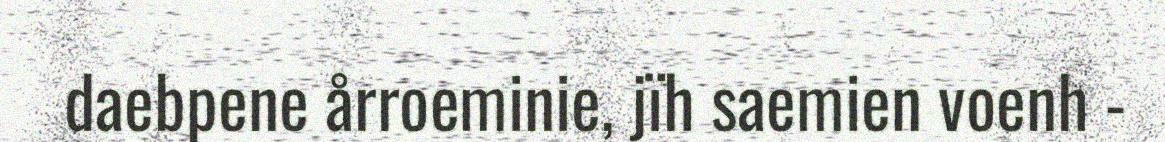
daebpene årroeminie, jïh saemien voenh -